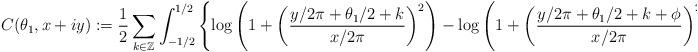
LaTeX: \begin{align*}C(\theta_1,x + iy) := \frac{1}{2} \sum_{ k \in \mathbb{Z}} \int_{-1/2}^{1/2} \left\{ \log\left( 1 + \left( \frac{ y/2\pi + \theta_1/2 + k }{ x/2 \pi } \right)^2 \right) - \log\left( 1 + \left(\frac{ y/2\pi + \theta_1/2 + k + \phi }{ x/2\pi} \right)^2 \mathrm{d} \phi \right) \right\}.\end{align*}